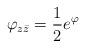
LaTeX: \begin{align*} \varphi_{z\bar{z}}=\frac{1}{2}e^{\varphi}\end{align*}